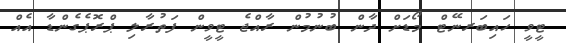
ޓީވީ ހައިބަރނޭޓް މޯޑަށް ދާން ބުނުމުން ރާއްޖެ ޓީވީން ފަތުރާލި ޕްރޮޕެގެންޑާ އެއް